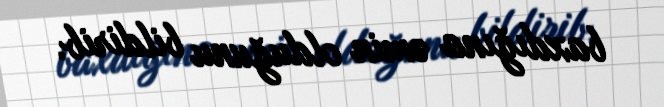
baxdığına əmin olduğunu bildirib.